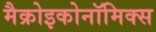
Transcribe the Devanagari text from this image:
मैक्रोइकोनॉमिक्स